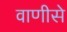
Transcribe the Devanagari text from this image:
वाणीसे